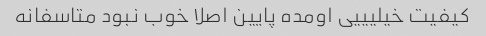
کیفیت خیلیییی اومده پایین اصلا خوب نبود متاسفانه